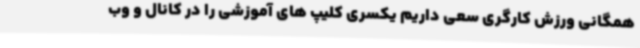
همگانی ورزش کارگری سعی داریم یکسری کلیپ های آموزشی را در کانال و وب